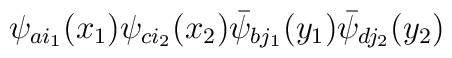
\psi_{a i_1}(x_1)\psi_{c i_2}(x_2)\bar\psi_{b j_1}(y_1)\bar\psi_{d j_2}(y_2)